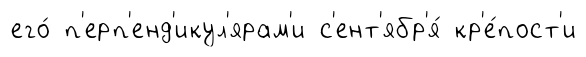
его́ п'ерп'енд'икул'ярам'и с'ент'ябр'я́ кр'е́пост'и